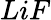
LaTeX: LiF